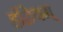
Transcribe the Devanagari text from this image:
इंद्रियम्